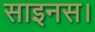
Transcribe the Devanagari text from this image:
साइनस।